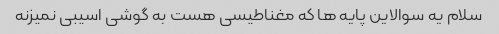
سلام یه سوالاین پایه ها که مغناطیسی هست به گوشی اسیبی نمیزنه